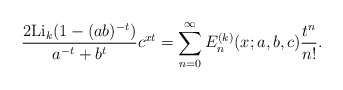
\begin{align*}\frac{2{\rm Li}_k(1-(ab)^{-t})}{a^{-t}+b^{t}}c^{xt}=\sum_{n=0}^{\infty}{E}^{(k)}_n(x;a,b,c)\frac{t^n}{n!}.\end{align*}